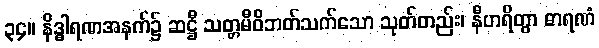
၃၄။ နိဒ္ဓါရဏအနက်၌ ဆဋ္ဌီ သတ္တမီဝိဘတ်သက်သော သုတ်တည်း၊ နီဟရိတွာ ဓာရဏံ